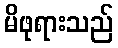
မိဖုရားသည်